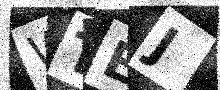
Text: WTEJ